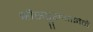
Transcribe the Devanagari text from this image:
श्रीसद्गुरुआज्ञेने